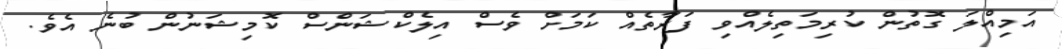
އަމިއްލަ ގޮތުން ކުރިމަތިލެއްވި ފަރާތެއް ކަމަށް ވެސް އިލެކްޝަންސް ކޮމިޝަނުން ބުނެ އެވެ.